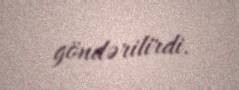
göndərilirdi.